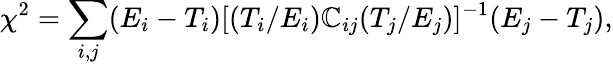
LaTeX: \chi^{2}=\sum_{i,j}(E_{i}-T_{i})[(T_{i}/E_{i})\mathbb{C}_{ij}(T_{j}/E_{j})]^{-1}(E_{j}-T_{j}),